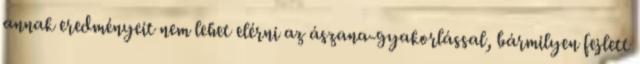
annak eredményeit nem lehet elérni az ászana-gyakorlással, bármilyen fejlett